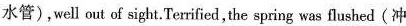
水管),well out of sight.Terrified,the spring was flushed(冲